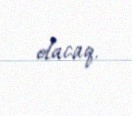
olacaq.